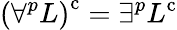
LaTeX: \left(\forall^{p}L\right)^{\mathrm{{c}}}=\exists^{p}L^{\mathrm{{c}}}